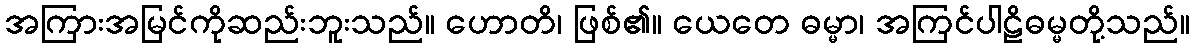
အကြားအမြင်ကိုဆည်းဘူးသည်။ ဟောတိ၊ ဖြစ်၏။ ယေတေ ဓမ္မာ၊ အကြင်ပါဠိဓမ္မတို့သည်။